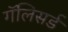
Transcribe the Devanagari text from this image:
गॅलिसर्ड